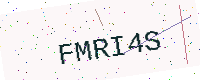
Text: FMRI4S